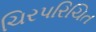
ચિરપરિચિત